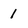
Character: 1